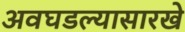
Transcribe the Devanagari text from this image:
अवघडल्यासारखे